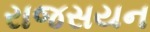
રાજસયન